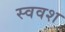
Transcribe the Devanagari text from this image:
स्ववश